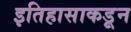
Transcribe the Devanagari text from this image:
इतिहासाकडून